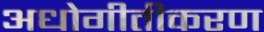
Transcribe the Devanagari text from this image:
अधोगीतीकरण